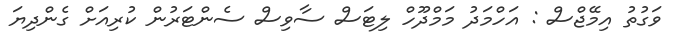
ވަގުތު އިމޭޖްސް : އަހްމަދު މަމްދޫހް ލިޓަސް ސާވިސް ސެންޓަރުން ކުރިއަށް ގެންދިޔަ